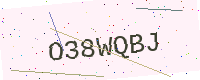
Text: O38WQBJ